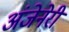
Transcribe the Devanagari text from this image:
अंजेनेरी